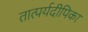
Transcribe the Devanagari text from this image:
तात्पर्यदीपिका